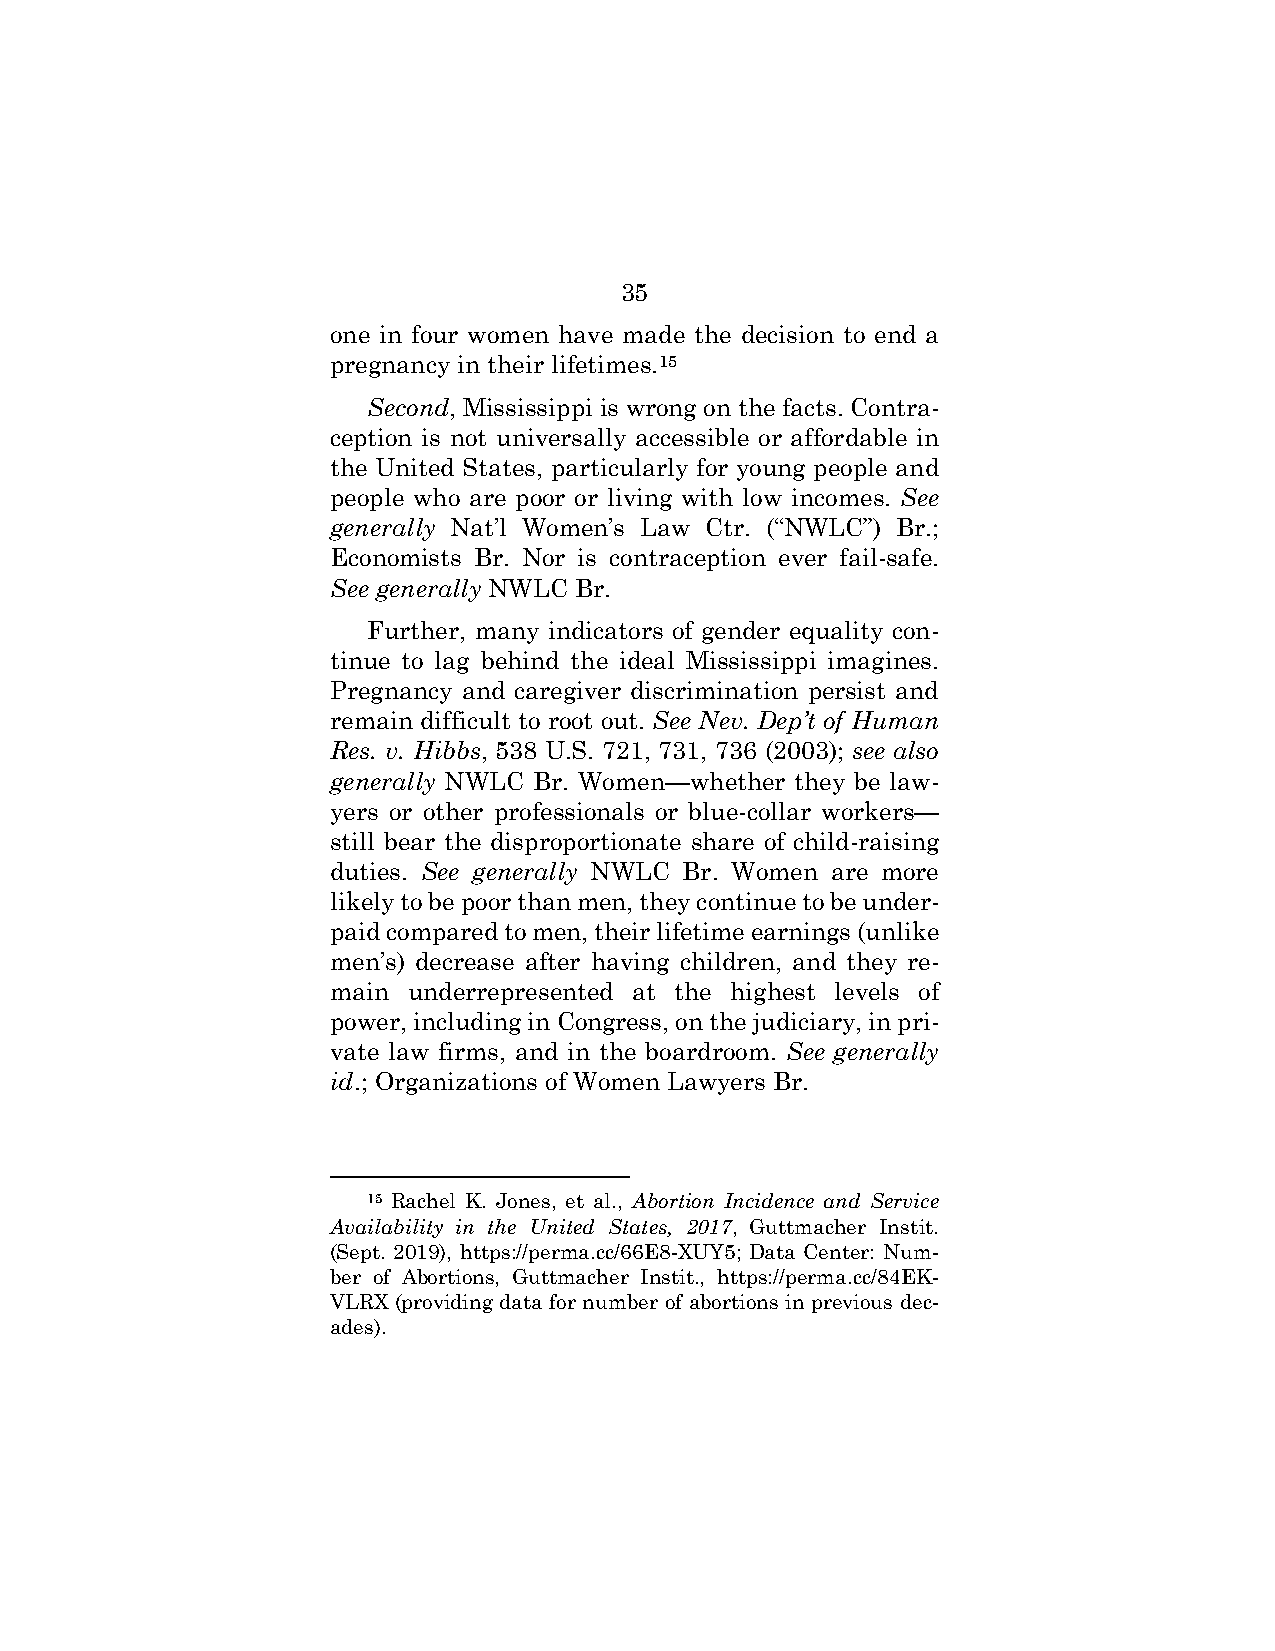
35
 one in four women have made the decision to end a
 pregnancy in their lifetimes.15
 Second, Mississippi is wrong on the facts. Contra-
 ception is not universally accessible or affordable in
 the United States, particularly for young people and
 people who are poor or living with low incomes. See
 generally Nat’l Women’s Law Ctr. (“NWLC”) Br.;
 Economists Br. Nor is contraception ever fail-safe.
 See generally NWLC Br.
 Further, many indicators of gender equality con-
 tinue to lag behind the ideal Mississippi imagines.
 Pregnancy and caregiver discrimination persist and
 remain difficult to root out. See Nev. Dep’t of Human
 Res. v. Hibbs, 538 U.S. 721, 731, 736 (2003); see also
 generally NWLC Br. Women—whether they be law-
 yers or other professionals or blue-collar workers—
 still bear the disproportionate share of child-raising
 duties. See generally NWLC Br. Women are more
 likely to be poor than men, they continue to be under-
 paid compared to men, their lifetime earnings (unlike
 men’s) decrease after having children, and they re-
 main underrepresented at the highest levels of
 power, including in Congress, on the judiciary, in pri-
 vate law firms, and in the boardroom. See generally
 id.; Organizations of Women Lawyers Br.
 15 Rachel K. Jones, et al., Abortion Incidence and Service
 Availability in the United States, 2017, Guttmacher Instit.
 (Sept. 2019), https://perma.cc/66E8-XUY5; Data Center: Num-
 ber of Abortions, Guttmacher Instit., https://perma.cc/84EK-
 VLRX (providing data for number of abortions in previous dec-
 ades).